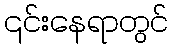
၎င်းနေရာတွင်